Report of the Municipal Commissioner on the plague in Bombay for the year ending 31st May... - Volume 1
Disease focus: Plague
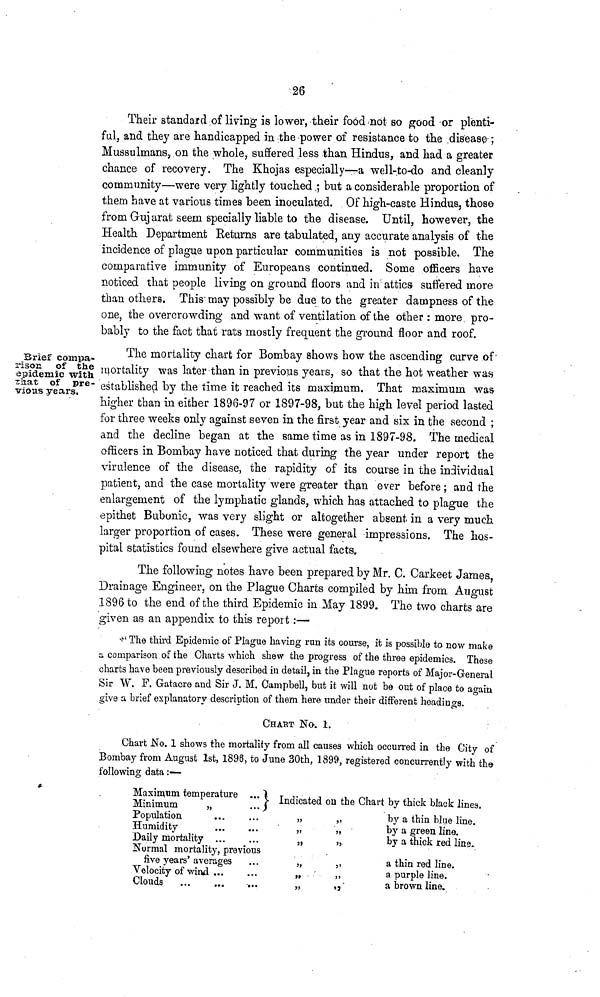
26
Their standard of living is lower, their food not so good or plenti-
ful, and they are handicapped in the power of resistance to the disease ;
Mussulmans, on the whole, suffered less than Hindus, and had a greater
chance of recovery. The Khojas especially—a well-to-do and cleanly
community—were very lightly touched ; but a considerable proportion of
them have at various times been inoculated. Of high-caste Hindus, those
from Gujarat seem specially liable to the disease. Until, however, the
Health Department Returns are tabulated, any accurate analysis of the
incidence of plague upon particular communities is not possible. The
comparative immunity of Europeans continued. Some officers have
noticed that people living on ground floors and in attics suffered more
than others. This may possibly be due to the greater dampness of the
one, the overcrowding and want of ventilation of the other : more pro-
bably to the fact that rats mostly frequent the ground floor and roof.
Brief compa-
rison of the
epidemic with
that of pre-
vious years.
The mortality chart for Bombay shows how the ascending curve of
mortality was later than in previous years, so that the hot weather was
established by the time it reached its maximum. That maximum, was-
higher than in either 1896-97 or 1897-98, but the high level period lasted
for three weeks only against seven in the first year and six in the second ;
and the decline began at the same time as in 1897-98. The medical
officers in Bombay have noticed that during the year under report the
virulence of the disease, the rapidity of its course in the individual
patient, and the case mortality were greater than ever before ; and the
enlargement of the lymphatic glands, which has attached to plague the
epithet Bubonic, was very slight or altogether absent in a very much
larger proportion of cases. These were general impressions. The hos-
pital statistics found elsewhere give actual facts.
The following notes have been prepared by Mr. C. Carkeet James
Drainage Engineer, on the Plague Charts compiled by him from August
1896 to the end of the third Epidemic in May 1899. The two charts are
given as an appendix to this report :—
" The third Epidemic of Plague having run its course, it is possible to now make?
a comparison of the Charts which shew the progress of the three epidemics. These
charts have been previously described in detail, in the Plague reports of Major-General
Sir W. F. Gatacre and Sir J. M. Campbell, but it will not be out of place to again
give a brief explanatory description of them here under their different headings.
CHART No. 1.
Chart No. 1 shows the mortality from all causes which occurred in the City of
Bombay from August 1st, 1896, to June 30th, 1899, registered concurrently with the
following data :—
Maximum temperature ...
Minimum
„
...
Population ... ...
Humidity ... ...
Daily mortality ... ...
Normal mortality, previous
five years' averages ...
Velocity of wind ... ...
Clouds
...
...
...
Indicated ou the Chart by thick black lines.
„ „
„ „
„ „
„ „
„ „
„ „
by a thin blue line.
by a green line.
by a thick red line.
a thin red line.
a purple line.
a brown line.